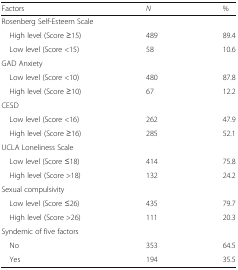
<table><thead><tr><td><b>Factors</b></td><td><b><i>N</i></b></td><td><b>%</b></td></tr></thead><tbody><tr><td colspan="3">Rosenberg Self-Esteem Scale</td></tr><tr><td> High level (Score ≥15)</td><td>489</td><td>89.4</td></tr><tr><td> Low level (Score &lt;15)</td><td>58</td><td>10.6</td></tr><tr><td colspan="3">GAD Anxiety</td></tr><tr><td> Low level (Score &lt;10)</td><td>480</td><td>87.8</td></tr><tr><td> High level (Score ≥10)</td><td>67</td><td>12.2</td></tr><tr><td colspan="3">CESD</td></tr><tr><td> Low level (Score &lt;16)</td><td>262</td><td>47.9</td></tr><tr><td> High level (Score ≥16)</td><td>285</td><td>52.1</td></tr><tr><td colspan="3">UCLA Loneliness Scale</td></tr><tr><td> Low level (Score ≤18)</td><td>414</td><td>75.8</td></tr><tr><td> High level (Score &gt;18)</td><td>132</td><td>24.2</td></tr><tr><td colspan="3">Sexual compulsivity</td></tr><tr><td> Low level (Score ≤26)</td><td>435</td><td>79.7</td></tr><tr><td> High level (Score &gt;26)</td><td>111</td><td>20.3</td></tr><tr><td colspan="3">Syndemic of five factors</td></tr><tr><td> No</td><td>353</td><td>64.5</td></tr><tr><td> Yes</td><td>194</td><td>35.5</td></tr></tbody></table>